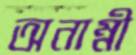
অনাম্নী